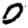
Digit: 0